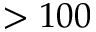
> 1 0 0